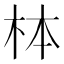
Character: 𪱻